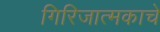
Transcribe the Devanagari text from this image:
गिरिजात्मकाचे